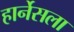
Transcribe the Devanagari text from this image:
हार्नेसला